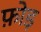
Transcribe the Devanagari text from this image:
फ़ोड़